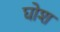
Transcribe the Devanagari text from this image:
घोश